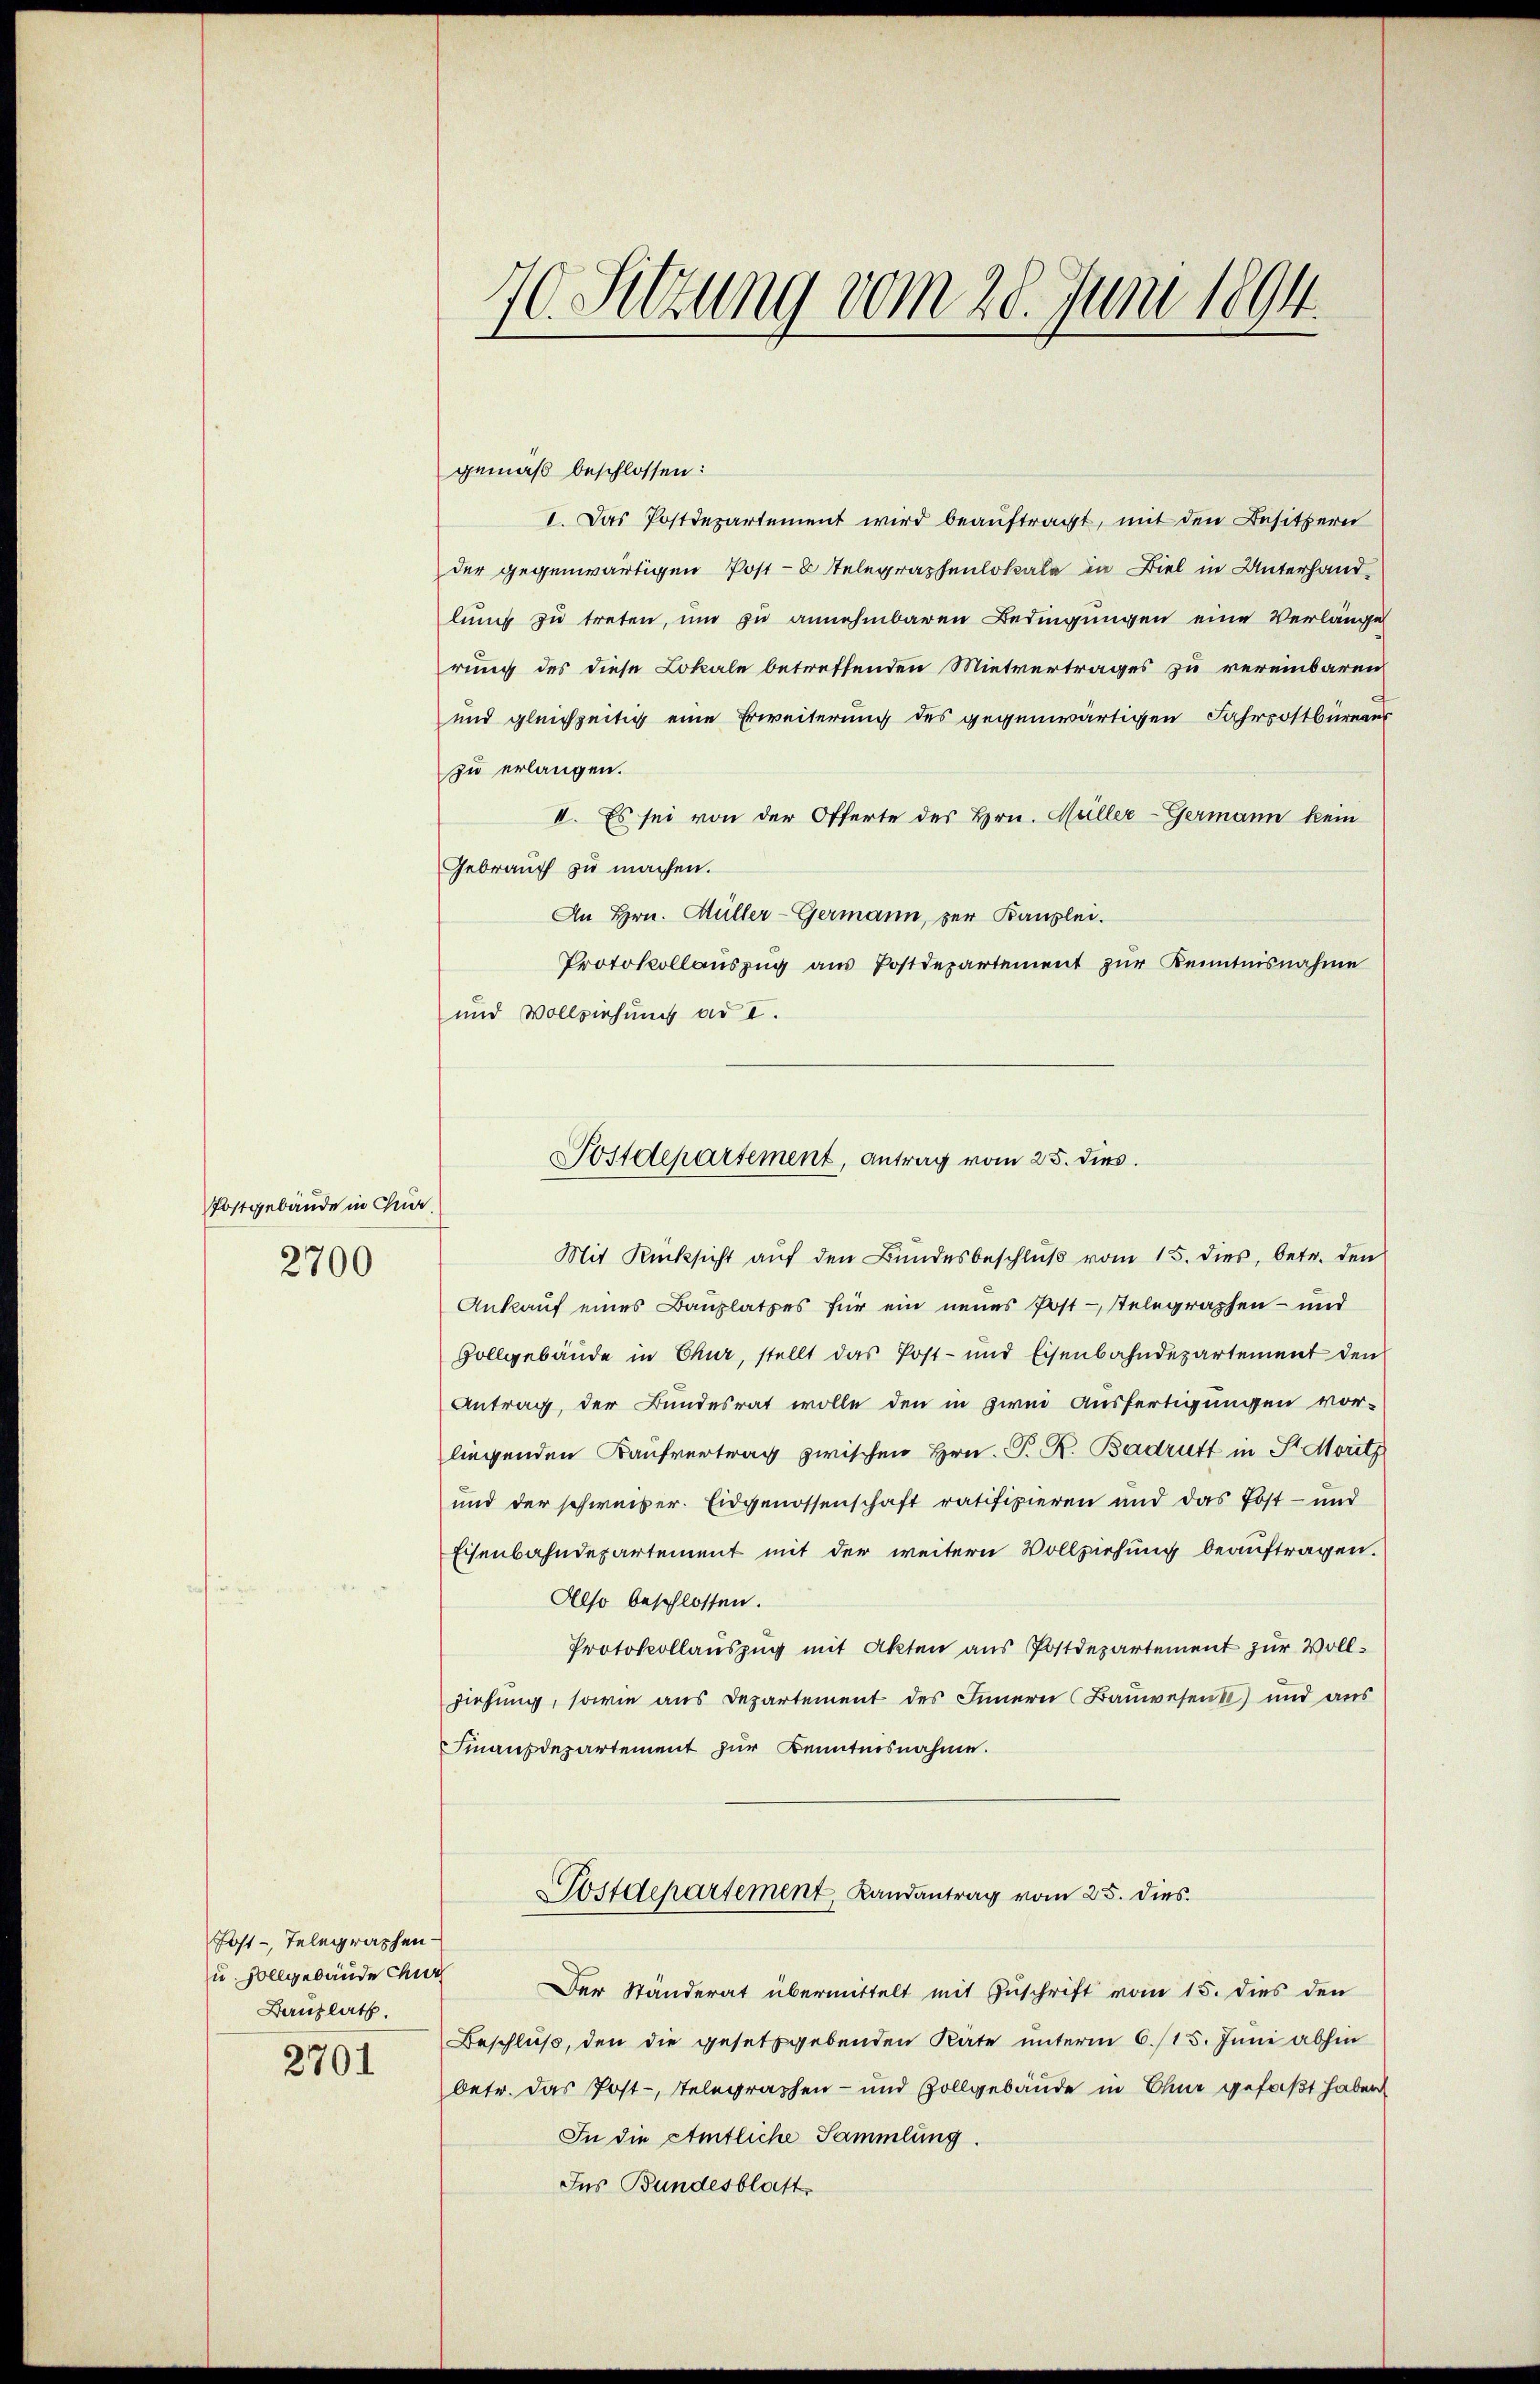
Postgebäude in Chur.
2700

Post - Telegraphen
u. Hollgebäude Chur
Banzlath.

2701

70. Sitzung vom 28. Juni 1894.

gemäß beschlossen:
I. Das Postdepartement wird beauftragt, mit den Besitzern
der gegenwärtigen Post-8 Telegraphenlokale in Biel in Unterhandlung zu treten, um zu annehmbaren Bedingungen eine Verlänge
rung des diese Lokale betreffenden Mietvertrages zu vereinbaren
und gleichzeitig eine Erweiterung des gegenwärtigen Fahrpostbürger
zu erlangen.
II. Es sei von der Offerte des Hrn. Müller-Germann kein
Gebrauch zu machen.
An Hrn. Müller-Germann, per Kanzlei.
Protokollauszug aus Postdepartement zur Kenntnisnahme
und Vollziehung ad I.
Mit Rücksicht auf den Bundesbeschlŭβ vom 15. dies, betr. den
Ankauf eines Bauplatzes für ein neues Poststelegraphen- und
Vollgebäude in Chur, stellt das Post- und Eisenbahndepartement den
Antrag, der Bundesrat wolle den in zwei Ausfertigungen vor-
liegenden Kaufvertrag zwischen Hrn. P. R. Badrutt in St. Morit
und der schweizer. Eidgenossenschaft ratifizieren und das Post- und
Eisenbahndepartement mit der weitern Vollziehung beauftragen.
Also beschlossen.
Protokollauszug mit Akten aus Postdepartement zur Vollziehung, sowie aus Departement des Innern Bauwesen) und aus
Finanzdepartement zur Kenntnisnahme.
ostdepartement, Landantrag vom 25. dies
Der Ständerat übermittelt mit Zuschrift vom 15. dies den
Beschluß, den die gesetzgebenden Räte unterm 6./15. Juni abhin
betr. das Post-, telegraphen- und Zollgebäude in Chur gefaßt haben
In die Amtliche Sammlung.
Ins Bundesblatt

Postdepartement, antrag vom 25. dies